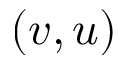
( v , u )